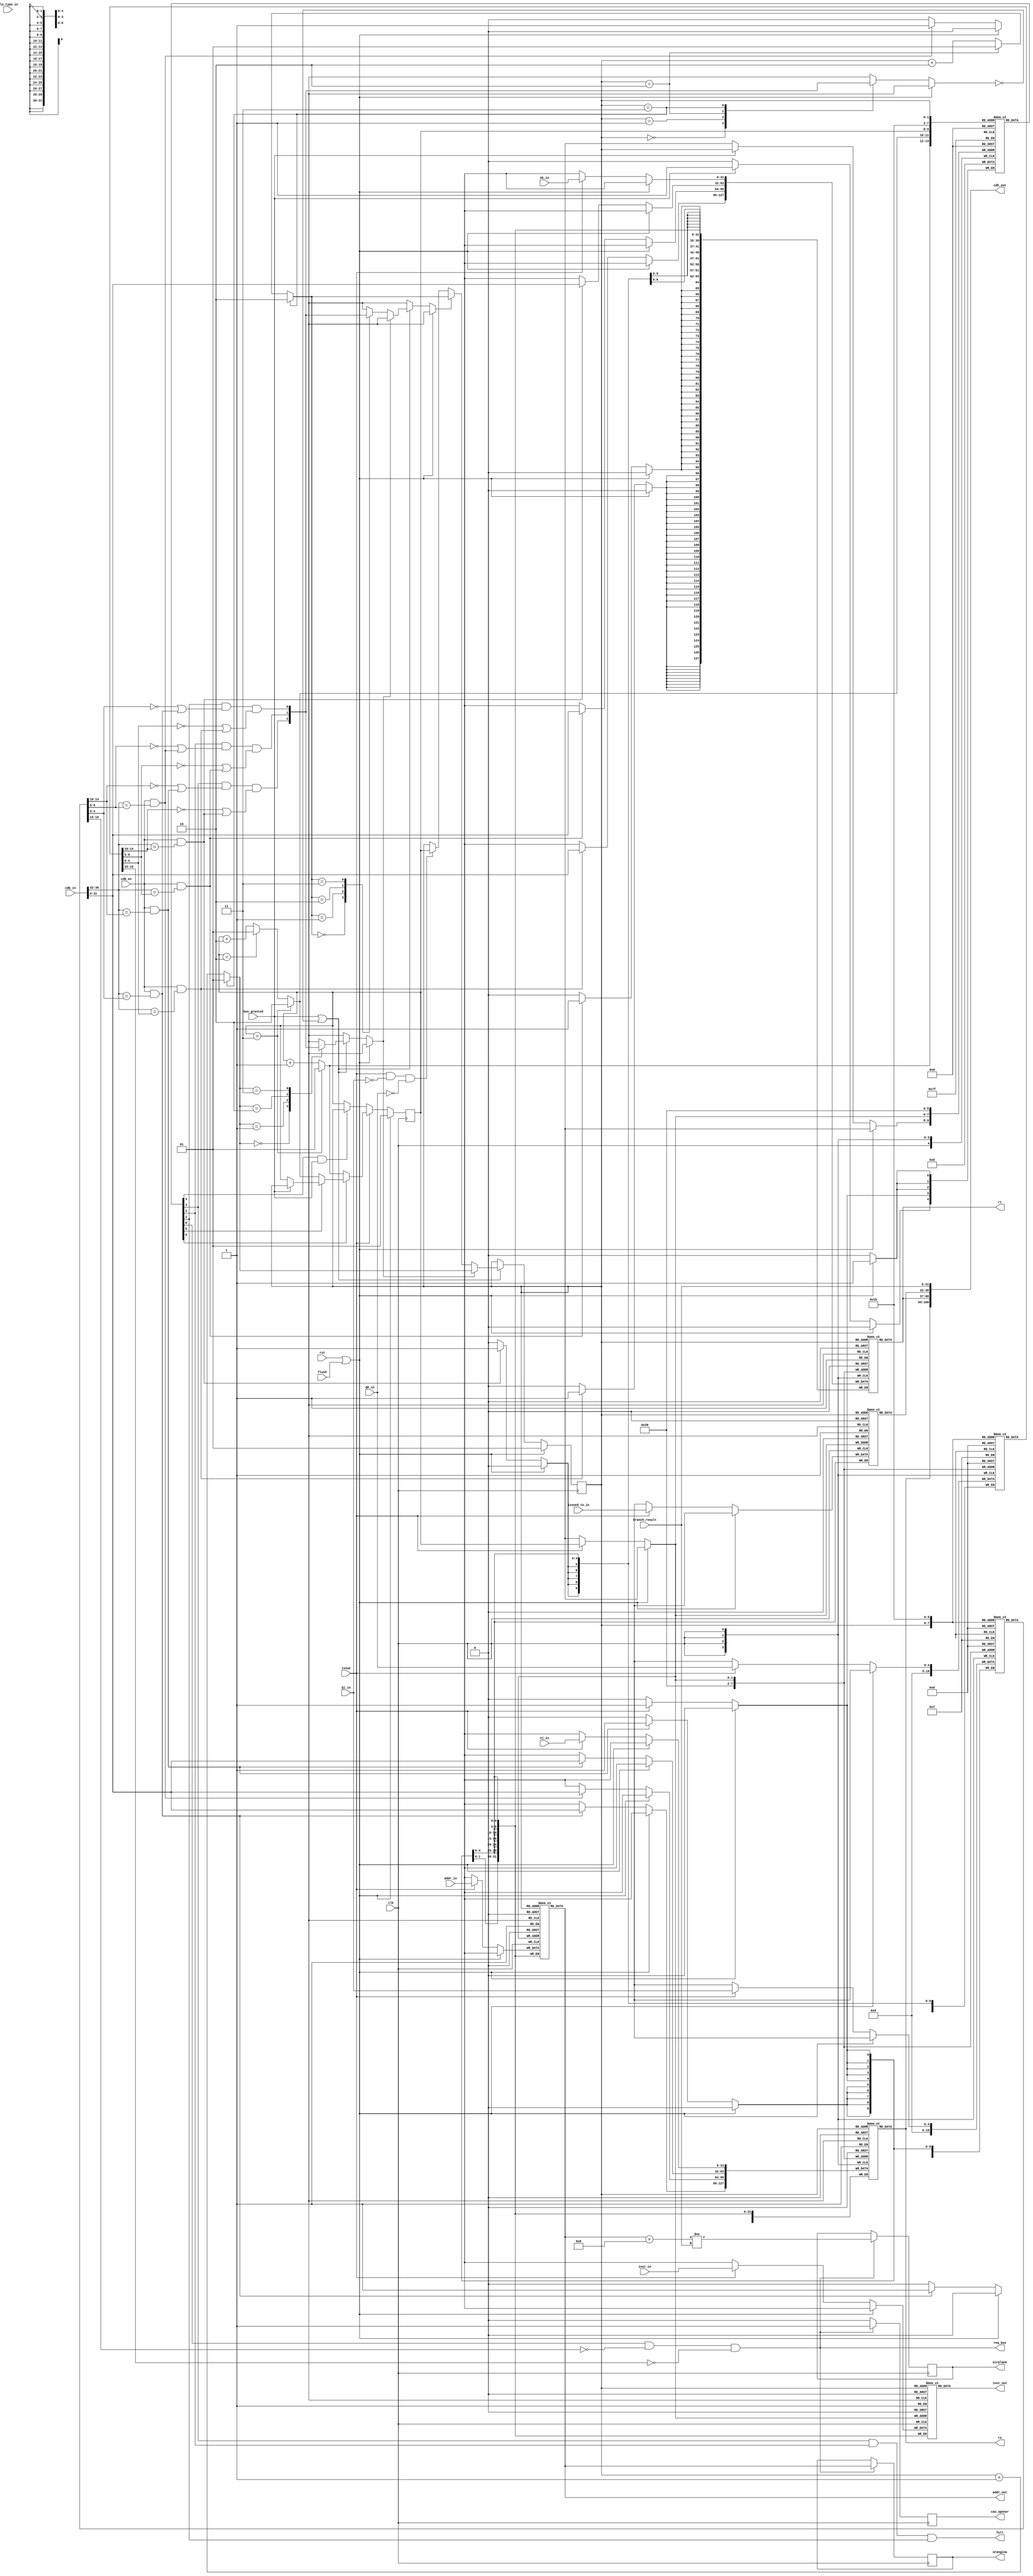
// branch Reservation Stations

module branch_res_station(Vj_in, Vk_in, Qj_in, Qk_in, alu_type_in, issue, issued_to_in, addr_in,
					cdb_in, cdb_en, branch_result, bus_granted, clk, rst, flush, full, 
					rs, rt, cdb_out, req_bus, can_opener, orangina, inst_in, addr_out, airplane, inst_out); // branch_update, branch_addr);

	
	input [1:0] alu_type_in;
	input [31:0] Vj_in;		// shamt for shift instructions, PC+4 for jal, rs for the rest
	input [31:0] Vk_in;		// rt for r-type instructions, extended immed for i-type, 4 for jal
	input [4:0] Qj_in;		// register status for j
	input [4:0] Qk_in;		// register status for k
	input [31:0] inst_in;		// branch instruction
						// inst[31:26]
						// beq = 000100
						// bne = 000101
						// bgez/bltz = 000001
						// j = 000010
						// jal = 000011
						// jr = 001000
	input issue;			// asserted for one cycle when branch instruction is issued
	input [4:0] issued_to_in; // the ROB slot being issued to
	input [36:0] cdb_in;	
	input cdb_en;			// cdb enable

	input [31:0] branch_result;
	input [31:0] addr_in;

	input bus_granted; 
	input clk;
	input rst;
	input flush;

	output can_opener;		// update signal for the predictor (asserted for 1 cycle)
	output [31:0] orangina;	// addr of branch being updated
	output airplane;		// airplane = 1 if branch is taken
						// airplane = 0 if branch is not taken	
	output full;
	output [31:0] rs; 
	output [31:0] rt;
	output [31:0] inst_out;
	output [100:0] cdb_out;
	output [31:0] addr_out; 
	output req_bus; // requests common data bus access  

	parameter data_ready = 5'h0;
	
	wire [4:0] cdb_in_tag;
	wire [31:0] cdb_in_data;
	assign cdb_in_tag = cdb_in[36:32];
	assign cdb_in_data = cdb_in[31:0];

	reg [1:0] curr_ptr; // points at current entry.  Current entry goes around modulo looking for next entry whose valid bit is 1 and Qj and Qk are zero
	reg [1:0] next_ptr; // points at the next empty entry that we can write to (whose valid bit is 0)
	reg can_opener, airplane;
	reg [31:0] orangina;

	// ALU RS entry:
	// | Vj (23) | Qj (5) | Vk (32) | Qk (5) | alu_type (6) | issued_to (5) | valid (1) |

	reg [31:0] Vj[0:3];
	reg [4:0] Qj[0:3];
	reg [31:0] Vk[0:3];
	reg [4:0] Qk[0:3];
	reg [31:0] inst[0:3];
	reg [4:0] issued_to[0:3];
	reg [31:0] addr[0:3];
	reg valid[0:3];

 	reg cdb_in_Qj[0:3];
	reg cdb_in_Qk[0:3];
	always @ (cdb_in_tag or Qj[1] or Qj[2] or Qj[3] or 
			Qk[1] or Qk[2] or Qk[3] or cdb_en)
	  begin
	  	cdb_in_Qj[1] <= cdb_en & cdb_in_tag == Qj[1];
	  	cdb_in_Qj[2] <= cdb_en & cdb_in_tag == Qj[2];
	  	cdb_in_Qj[3] <= cdb_en & cdb_in_tag == Qj[3];
	  	cdb_in_Qk[1] <= cdb_en & cdb_in_tag == Qk[1];
	  	cdb_in_Qk[2] <= cdb_en & cdb_in_tag == Qk[2];
	  	cdb_in_Qk[3] <= cdb_en & cdb_in_tag == Qk[3];
	  	
	  end

	reg ready_to_exe[0:3];
	always @ (Qj[1] or Qj[2] or Qj[3] or 
			Qk[1] or Qk[2] or Qk[3] or
			cdb_in_Qj[1] or cdb_in_Qj[2] or cdb_in_Qj[3] or 
			cdb_in_Qk[1] or cdb_in_Qk[2] or cdb_in_Qk[3] or 
			valid[1] or valid[2] or valid[3])
	begin
		ready_to_exe[1] <= valid[1] & (!Qj[1] | cdb_in_Qj[1]) & (!Qk[1] | cdb_in_Qk[1]);
		ready_to_exe[2] <= valid[2] & (!Qj[2] | cdb_in_Qj[2]) & (!Qk[2] | cdb_in_Qk[2]);
		ready_to_exe[3] <= valid[3] & (!Qj[3] | cdb_in_Qj[3]) & (!Qk[3] | cdb_in_Qk[3]);
	end
	

	// next/curr pointer logic
	  // If buffer is full, next_ptr stays at previous slot but valid[next_ptr] == 1
	  // If no slot is ready, curr_ptr stays at previous slot but valid[next_ptr] == 0

	wire [1:0] curr_plus1, curr_plus2, 
			 next_plus1, next_plus2;

	assign curr_plus1 = (curr_ptr == 3) ? 1 : (curr_ptr + 1);
	assign curr_plus2 = (curr_ptr == 3) ? 2 :
						     (curr_ptr == 2) ? 1 : (curr_ptr + 2);

	assign next_plus1 = (next_ptr == 3) ? 1 : (next_ptr + 1);
	assign next_plus2 = (next_ptr == 3) ? 2 :
						     (next_ptr == 2) ? 1 : (next_ptr + 2);

	always @ (posedge clk)
	  begin
		if (rst | flush)
		  begin
			curr_ptr <= 1;
			next_ptr <= 1;
		  end
		else 
		  begin
		  	// curr_ptr;
			if (bus_granted | ~ready_to_exe[curr_ptr])
			  begin
				if (ready_to_exe[curr_plus1])
			  		curr_ptr <= curr_plus1;
				else if (ready_to_exe[curr_plus2])
			  		curr_ptr <= curr_plus2;
				else if (issue & !Qj_in & !Qk_in) // only want to execute if no dependencies
					curr_ptr <= next_ptr;
			  end

			// next_ptr
			if (issue)
			  begin
				if (~valid[next_plus1])
					next_ptr <= next_plus1;
				else if (~valid[next_plus2])
					next_ptr <= next_plus2;
				else if (bus_granted)  // curr_ptr's entry will be free next cycle
					next_ptr <= curr_ptr;
			  end
			else // if ~issue
				if (valid[next_ptr] & bus_granted)
					next_ptr <= curr_ptr; // because curr slot is finished

			
		  end
	  end

	// registers
	always @ (posedge clk)
	  begin
		if (rst | flush)
		  begin
			valid[1] <= 0;
			valid[2] <= 0;
			valid[3] <= 0;
		  end
		else
		  begin
			if (issue)
			  begin
				Vj[next_ptr] <= Vj_in;
				Qj[next_ptr] <= Qj_in;
				Vk[next_ptr] <= Vk_in;
				Qk[next_ptr] <= Qk_in;
				addr[next_ptr] <= addr_in;
				inst[next_ptr] <= inst_in;
				issued_to[next_ptr] <= issued_to_in;
				valid[next_ptr] <= 1;
			  end

			if (cdb_in_Qj[1])
			  begin
				Vj[1] <= cdb_in_data;
				Qj[1] <= data_ready;
			  end
			if (cdb_in_Qj[2])
			  begin
				Vj[2] <= cdb_in_data;
				Qj[2] <= data_ready;
			  end
			if (cdb_in_Qj[3])
			  begin
				Vj[3] <= cdb_in_data;
				Qj[3] <= data_ready;
			  end
	
			if (cdb_in_Qk[1])
			  begin
				Vk[1] <= cdb_in_data;
				Qk[1] <= data_ready;
			  end
			if (cdb_in_Qk[2])
			  begin
				Vk[2] <= cdb_in_data;
				Qk[2] <= data_ready;
			  end
			if (cdb_in_Qk[3])
			  begin
				Vk[3] <= cdb_in_data;
				Qk[3] <= data_ready;
			  end
			if (bus_granted)
				valid[curr_ptr] <= 0;
		  end
	  end

	always @ (posedge clk) begin
		if (req_bus) begin
			orangina <= addr[curr_ptr];
			can_opener <= 1;
			airplane <= (addr[curr_ptr] + 8) != branch_result;
		end
		else can_opener <= 0;
	end

	assign full = valid[1] & valid[2] & valid[3];



	assign rs = Vj[curr_ptr];
	assign rt = Vk[curr_ptr];
	assign addr_out = addr[curr_ptr];
	assign inst_out = inst[curr_ptr];
	assign cdb_out = {rs, rt, issued_to[curr_ptr], branch_result};
	assign req_bus = valid[curr_ptr] & !Qj[curr_ptr] & !Qk[curr_ptr];


endmodule